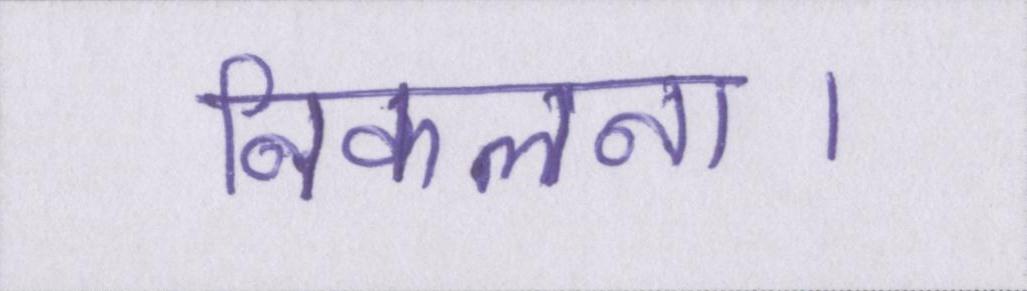
निकलना।